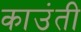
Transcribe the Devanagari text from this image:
काउंती